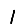
Digit: 1